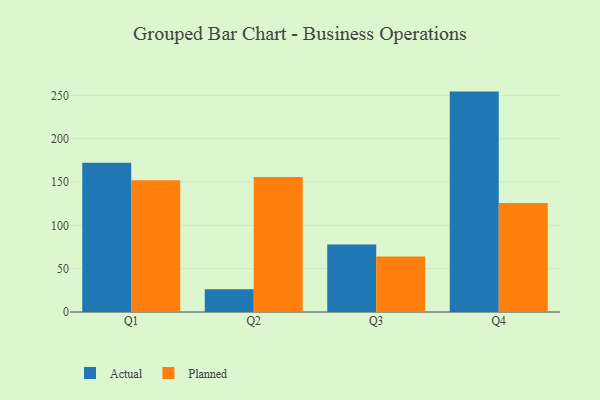
{"axis": {"x": "Quarter", "y": "Operating Costs (USD K)"}, "legend": ["Actual", "Planned"], "data": [{"x": "Q1", "y": 172.3, "type": "Actual"}, {"x": "Q1", "y": 152.0, "type": "Planned"}, {"x": "Q2", "y": 26.2, "type": "Actual"}, {"x": "Q2", "y": 155.9, "type": "Planned"}, {"x": "Q3", "y": 78.0, "type": "Actual"}, {"x": "Q3", "y": 64.0, "type": "Planned"}, {"x": "Q4", "y": 254.4, "type": "Actual"}, {"x": "Q4", "y": 125.9, "type": "Planned"}]}